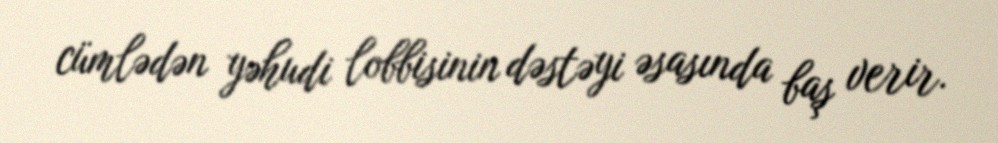
cümlədən yəhudi lobbisinin dəstəyi əsasında baş verir.